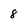
Character: 8